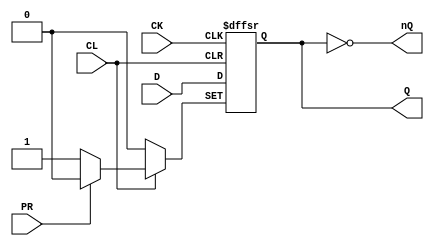
// NeoGeo logic definition
// Copyright (C) 2018 Sean Gonsalves
//
// This program is free software: you can redistribute it and/or modify
// it under the terms of the GNU General Public License as published by
// the Free Software Foundation, either version 3 of the License, or
// (at your option) any later version.
//
// This program is distributed in the hope that it will be useful,
// but WITHOUT ANY WARRANTY; without even the implied warranty of
// MERCHANTABILITY or FITNESS FOR A PARTICULAR PURPOSE.  See the
// GNU General Public License for more details.
//
// You should have received a copy of the GNU General Public License
// along with this program.  If not, see <https://www.gnu.org/licenses/>.

module FD4(
	input CK,
	input D,
	input PR, CL,
	output reg Q = 1'b0,
	output nQ
);

	always @(negedge CK, negedge PR, negedge CL)
	begin
		if (~PR)
			Q <= #1 1'b1;
		else if (~CL)
			Q <= #1 1'b0;
		else
			Q <= #1 D;
	end
	
	assign nQ = ~Q;

endmodule